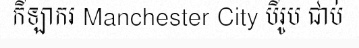
កីឡាករ Manchester City បីរូប ជាប់